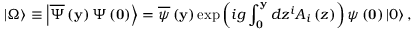
\left| \Omega \right\rangle \equiv \left| \overline { { \Psi } } \left( { \bf y } \right) \Psi \left( { \bf 0 } \right) \right\rangle = \overline { { \psi } } \left( { \bf y } \right) \exp \left( { i g \int _ { \bf 0 } ^ { \bf y } { d z ^ { i } A _ { i } \left( z \right) } } \right) \psi \left( { \bf 0 } \right) \left| 0 \right\rangle ,